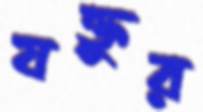
যক্তুর